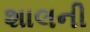
શાલની